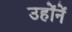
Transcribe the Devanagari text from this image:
उहोंनें